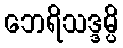
ဘေရိသဒ္ဒမ္ပိ